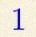
1